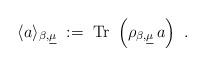
LaTeX: \begin{align*}\langle a \rangle_{\beta,\underline{\mu}} \;:=\; {\rm Tr}~\left( \rho_{\beta, \underline{\mu}} \, a\right)~.\end{align*}